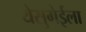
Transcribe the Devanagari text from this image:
येसुगेईला